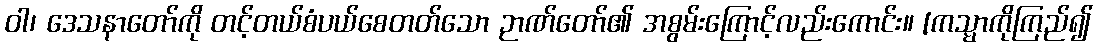
ဝါ၊ ဒေသနာတော်ကို တင့်တယ်စံပယ်စေတတ်သော ဉာဏ်တော်၏ အစွမ်းကြောင့်လည်းကောင်း။ [ကသ္မာကိုကြည်၍